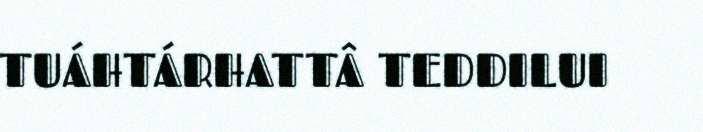
TUÁHTÁRHATTÂ TEDDILUI